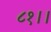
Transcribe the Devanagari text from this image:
८१।।